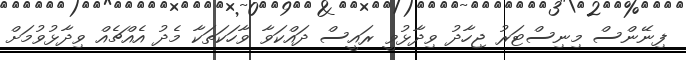
ފިނޭންސް މިނިސްޓަރު ޖިހާދު ވިދާޅުވީ ރައީސް ދައްކަވާ ވާހަކަތަކާ މެދު އެއްޗެއް ވިދާޅުވުމަށް